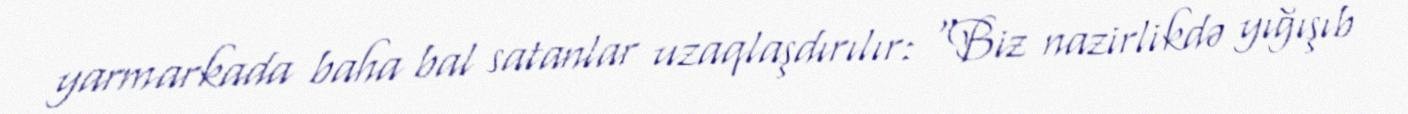
yarmarkada baha bal satanlar uzaqlaşdırılır: “Biz nazirlikdə yığışıb